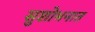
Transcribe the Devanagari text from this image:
सुशोभनात